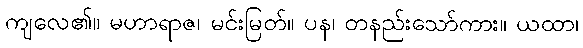
ကျလေ၏။ မဟာရာဇ၊ မင်းမြတ်။ ပန၊ တနည်းသော်ကား။ ယထာ၊